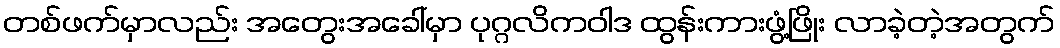
တစ်ဖက်မှာလည်း အတွေးအခေါ်မှာ ပုဂ္ဂလိကဝါဒ ထွန်းကားဖွံ့ဖြိုး လာခဲ့တဲ့အတွက်